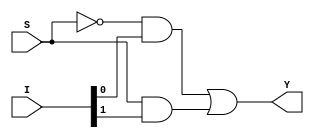
module mux2x1(I,S,Y);

input [1:0]I;
input S;
output Y;

wire [1:0]temp;
wire not_S;

not u0(not_S,S);
and u1(temp[0],not_S,I[0]);
and u2(temp[1],S,I[1]);
or u3(Y,temp[0],temp[1]);
 
endmodule